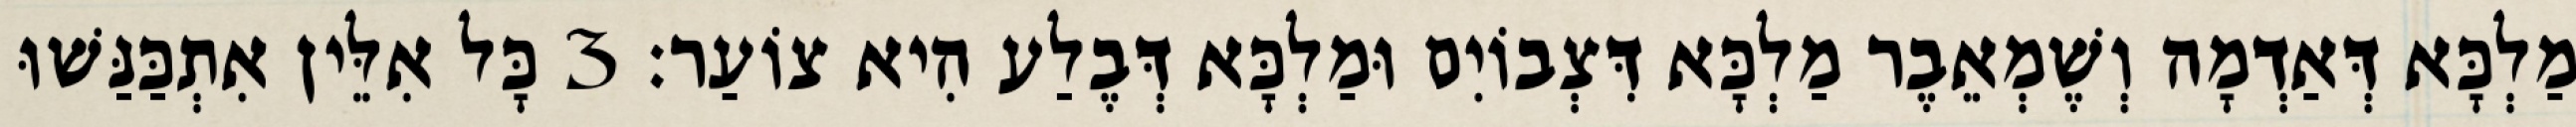
מַלְכָּא דְּאַדְמָה וְשֶׁמְאֵבֶר מַלְכָּא דִּצְבוֹיִם וּמַלְכָּא דְּבֶלַע הִיא צוֹעַר׃ 3 כָּל אִלֵּין אִתְכַּנַּשׁוּ